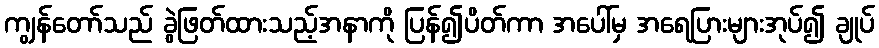
ကျွန်တော်သည် ခွဲဖြတ်ထားသည့်အနာကို ပြန်၍ပိတ်ကာ အပေါ်မှ အရေပြားများအုပ်၍ ချုပ်